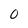
Character: 0